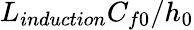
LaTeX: L_{induction}C_{f0}/h_{0}